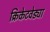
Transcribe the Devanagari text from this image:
क्रिकेटवेड्या